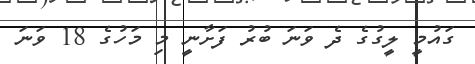
ގައުމީ ލީގުގެ ދެ ވަނަ ބުރު ފަށާނީ މި މަހުގެ 18 ވަނަ